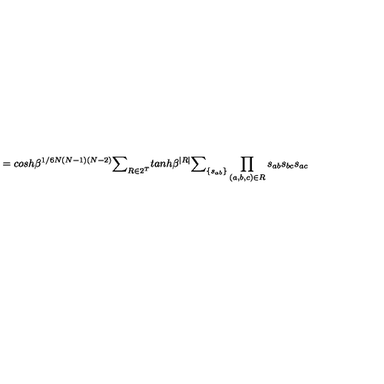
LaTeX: = c o s h \beta ^ { 1 / 6 N ( N - 1 ) ( N - 2 ) } { \Large \sum } _ { R \in 2 ^ { T } } t a n h \beta ^ { | R | } { \large \sum } _ { \{ s _ { a b } \} } \prod _ { ( a , b , c ) \in R } s _ { a b } s _ { b c } s _ { a c }